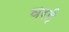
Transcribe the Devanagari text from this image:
वरई